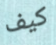
كيف